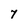
Character: 7